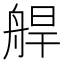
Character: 𦩅